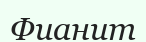
Фианит